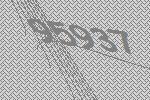
95937